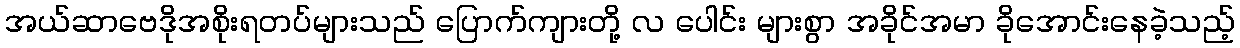
အယ်ဆာဗေဒိုအစိုးရတပ်များသည် ပြောက်ကျားတို့ လ ပေါင်း များစွာ အခိုင်အမာ ခိုအောင်းနေခဲ့သည့်